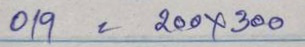
019 = 200 x 300